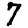
Digit: 7